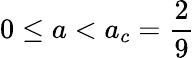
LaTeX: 0\leq a<a_{c}=\frac{2}{9}